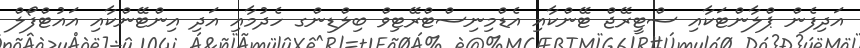
އަދިފެން ޕްލާންޓަކާއި ސްޓީރޭޖް ޓޭންކާއި އެޑްމިނިސްޓްރޭޓިވް ބިލްޑިންގ ހެދުމާއި އަދި އިންޓޭންކާއި އައުޓްފޯލް